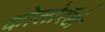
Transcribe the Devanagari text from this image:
कोलोरॅडो